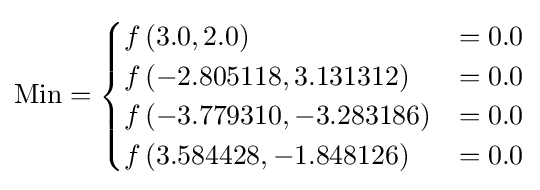
{\text{Min}}={\begin{cases}f\left(3.0,2.0\right)&=0.0\\f\left(-2.805118,3.131312\right)&=0.0\\f\left(-3.779310,-3.283186\right)&=0.0\\f\left(3.584428,-1.848126\right)&=0.0\\\end{cases}}